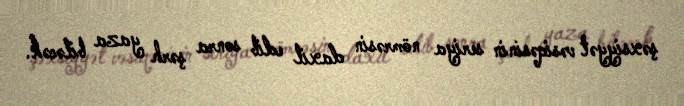
şəxsiyyət vəsiqəsinin seriya nömrəsin daxil edib sonra şərh yaza biləcək.